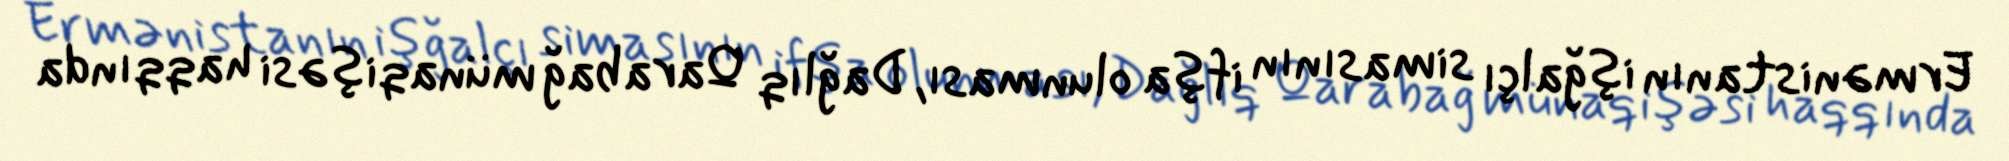
Ermənistanın işğalçı simasının ifşa olunması, Dağlıq Qarabağ münaqişəsi haqqında